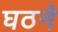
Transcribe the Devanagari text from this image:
घठने